Calcutta medical institutions reports 1879-81 [i.e.91]
Year: 1879
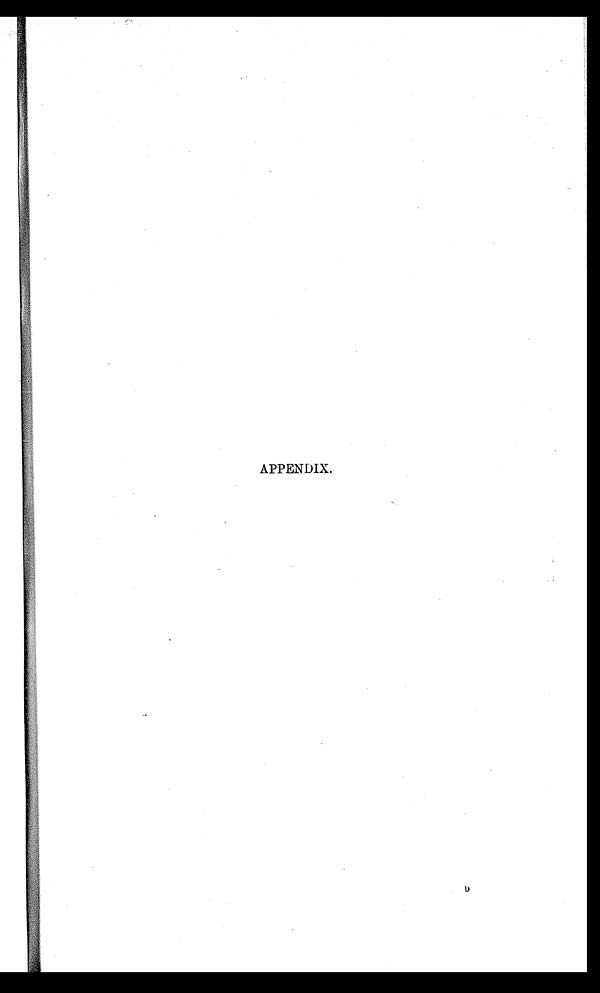
APPENDIX.
D